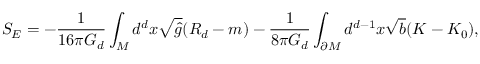
S _ { E } = - \frac { 1 } { 1 6 \pi G _ { d } } \int _ { M } d ^ { d } x \sqrt { \hat { g } } ( R _ { d } - m ) - \frac { 1 } { 8 \pi G _ { d } } \int _ { \partial M } d ^ { d - 1 } x \sqrt { b } ( { \cal { K } } - { \cal { K } } _ { 0 } ) ,